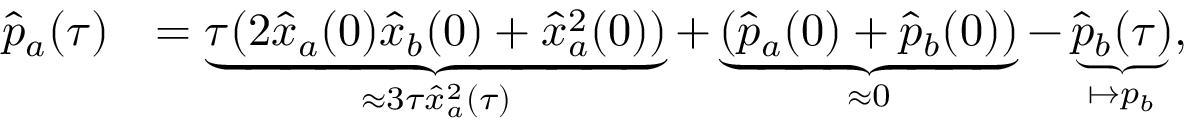
\begin{array} { r l } { \hat { p } _ { a } ( \tau ) } & { = \underbrace { \tau ( 2 \hat { x } _ { a } ( 0 ) \hat { x } _ { b } ( 0 ) + \hat { x } _ { a } ^ { 2 } ( 0 ) ) } _ { \approx 3 \tau \hat { x } _ { a } ^ { 2 } ( \tau ) } + \underbrace { ( \hat { p } _ { a } ( 0 ) + \hat { p } _ { b } ( 0 ) ) } _ { \approx 0 } - \underbrace { \hat { p } _ { b } ( \tau ) } _ { \mapsto p _ { b } } , } \end{array}